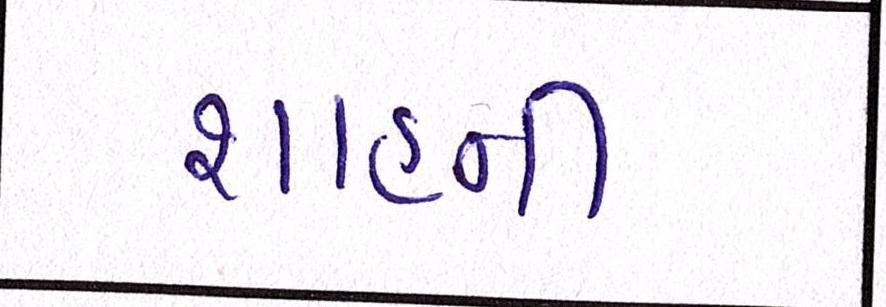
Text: શાહની